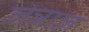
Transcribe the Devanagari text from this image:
जेन्नाज़